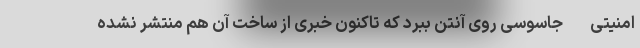
امنیتی- جاسوسی روی آنتن ببرد که تاکنون خبری از ساخت آن هم منتشر نشده